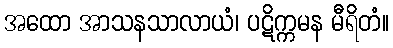
အထော အာသနသာလာယံ၊ ပဋိက္ကမန မီရိတံ။